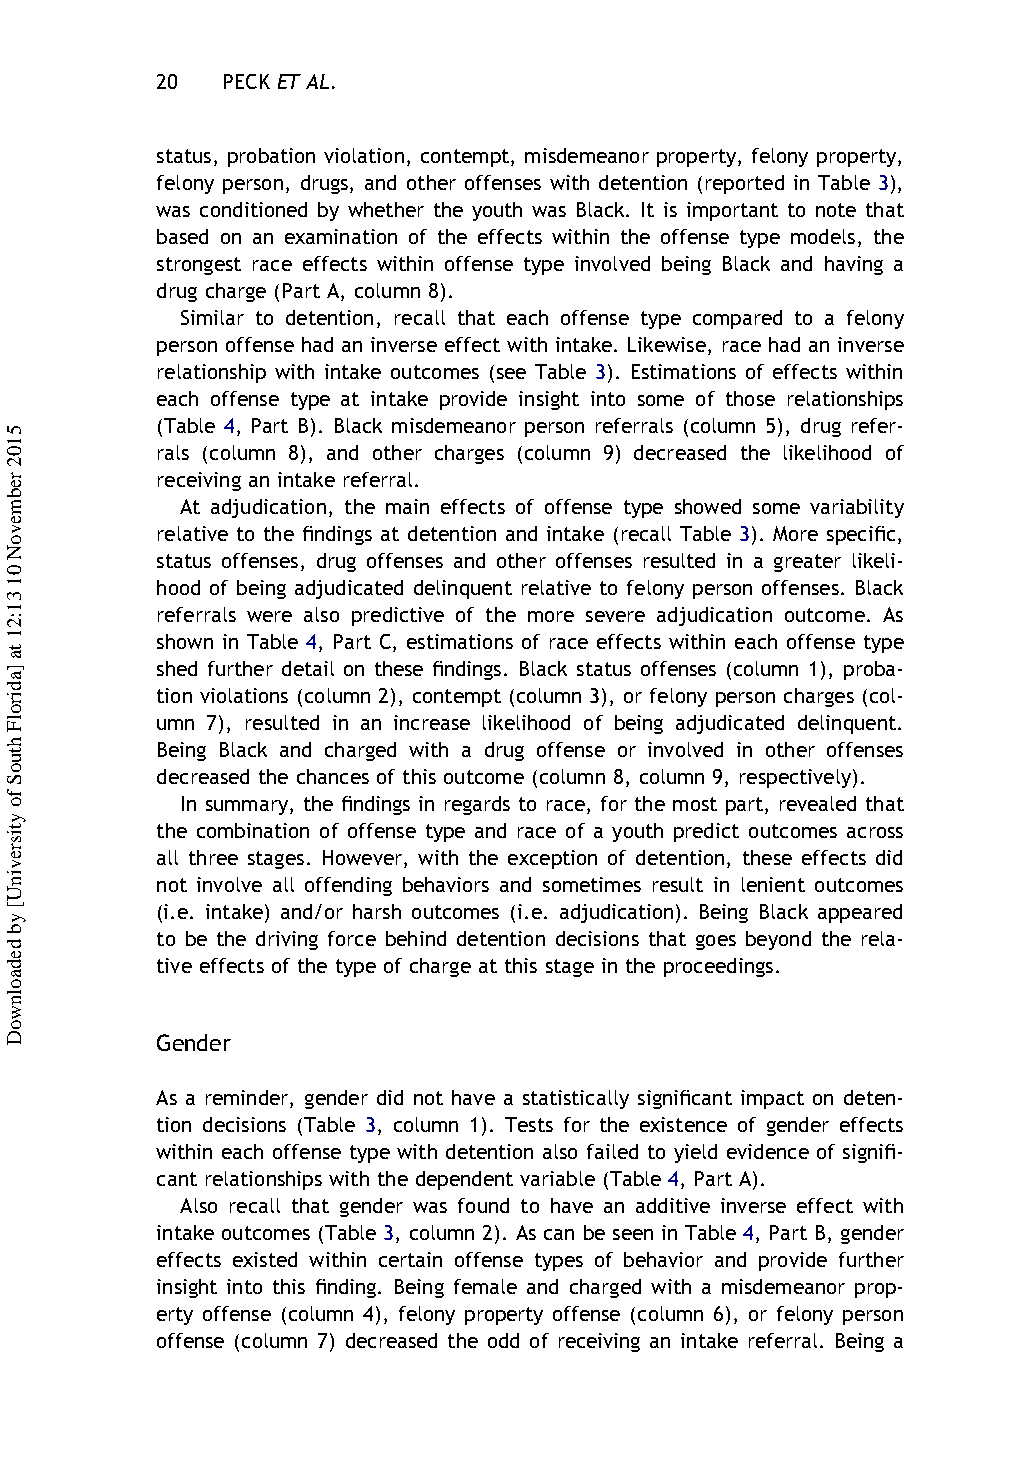
20   PECK ET AL.
 status, probation violation, contempt, misdemeanor property, felony property,
 felony person, drugs, and other offenses with detention (reported in Table 3),
 was conditioned by whether the youth was Black. It is important to note that
 based on an examination of the effects within the offense type models, the
 strongest race effects within offense type involved being Black and having a
 drug charge (Part A, column 8).
 Similar to detention, recall that each offense type compared to a felony
 person offense had an inverse effect with intake. Likewise, race had an inverse
 relationship with intake outcomes (see Table 3). Estimations of effects within
 each offense type at intake provide insight into some of those relationships
 (Table 4, Part B). Black misdemeanor person referrals (column 5), drug refer-
 rals (column 8), and other charges (column 9) decreased the likelihood of
 receiving an intake referral.
 At adjudication, the main effects of offense type showed some variability
 relative to the findings at detention and intake (recall Table 3). More specific,
 status offenses, drug offenses and other offenses resulted in a greater likeli-
 hood of being adjudicated delinquent relative to felony person offenses. Black
 referrals were also predictive of the more severe adjudication outcome. As
 shown in Table 4, Part C, estimations of race effects within each offense type
 shed further detail on these findings. Black status offenses (column 1), proba-
 tion violations (column 2), contempt (column 3), or felony person charges (col-
 umn 7), resulted in an increase likelihood of being adjudicated delinquent.
 Being Black and charged with a drug offense or involved in other offenses
 decreased the chances of this outcome (column 8, column 9, respectively).
 In summary, the findings in regards to race, for the most part, revealed that
 the combination of offense type and race of a youth predict outcomes across
 all three stages. However, with the exception of detention, these effects did
 not involve all offending behaviors and sometimes result in lenient outcomes
 (i.e. intake) and/or harsh outcomes (i.e. adjudication). Being Black appeared
 to be the driving force behind detention decisions that goes beyond the rela-
 tive effects of the type of charge at this stage in the proceedings.
 Gender
 As a reminder, gender did not have a statistically significant impact on deten-
 tion decisions (Table 3, column 1). Tests for the existence of gender effects
 within each offense type with detention also failed to yield evidence of signifi-
 cant relationships with the dependent variable (Table 4, Part A).
 Also recall that gender was found to have an additive inverse effect with
 intake outcomes (Table 3, column 2). As can be seen in Table 4, Part B, gender
 effects existed within certain offense types of behavior and provide further
 insight into this finding. Being female and charged with a misdemeanor prop-
 erty offense (column 4), felony property offense (column 6), or felony person
 offense (column 7) decreased the odd of receiving an intake referral. Being a
 5102
 rebmevoN
 01
 31:21
 ta
 ]adirolF
 htuoS
 fo
 ytisrevinU[
 yb
 dedaolnwoD